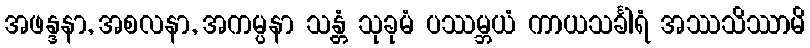
အဖန္ဒနာ, အစလနာ, အကမ္ပနာ သန္တံ သုခုမံ ပဿမ္ဘယံ ကာယသင်္ခါရံ အဿသိဿာမိ